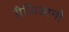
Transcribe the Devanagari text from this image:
ग्रैज़िआनो